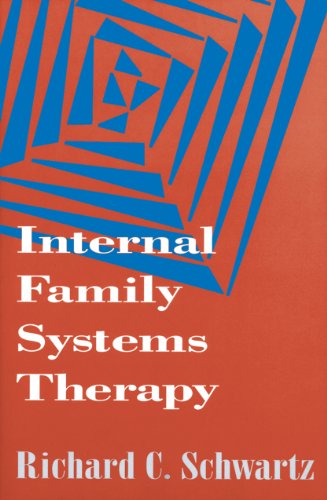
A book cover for Internal Family Systems Therapy (The Guilford Family Therapy); Richard C. Schwartz Ph.D.; Health, Fitness & Dieting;